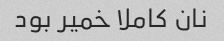
نان کاملا خمیر بود